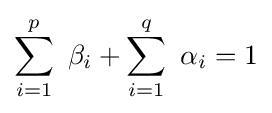
\sum _{i=1}^{p}~\beta _{i}+\sum _{i=1}^{q}~\alpha _{i}=1